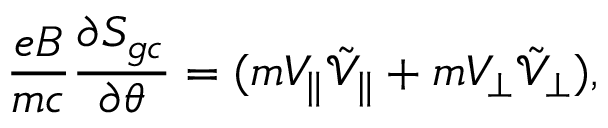
\frac { e B } { m c } \frac { \partial S _ { g c } } { \partial \theta } = ( m V _ { \parallel } \tilde { \mathcal { V } } _ { \parallel } + m V _ { \perp } \tilde { \mathcal { V } } _ { \perp } ) ,